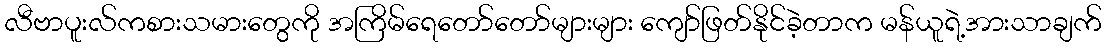
လီဗာပူးလ်ကစားသမားတွေကို အကြိမ်ရေတော်တော်များများ ကျော်ဖြတ်နိုင်ခဲ့တာက မန်ယူရဲ့အားသာချက်